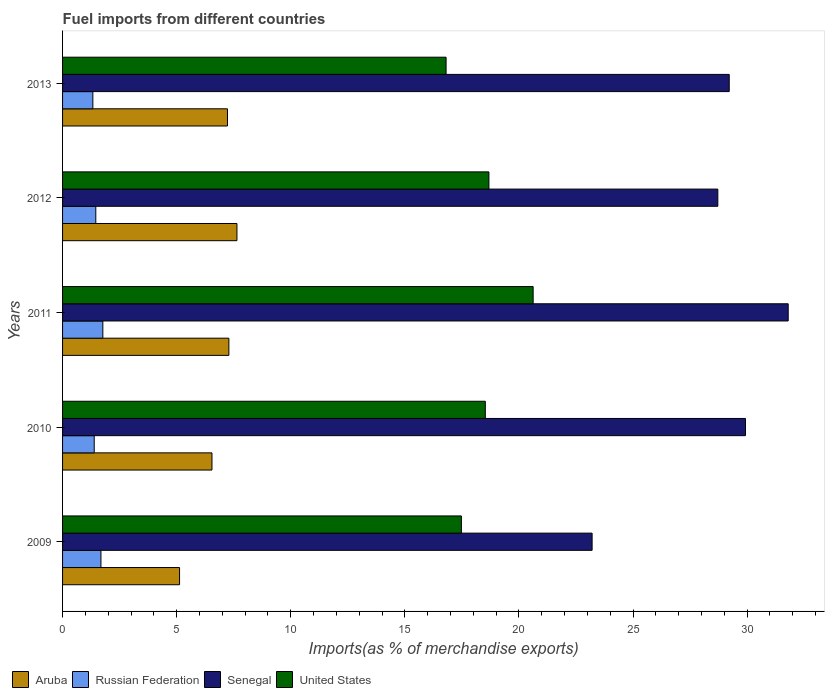
| Years | Aruba | Russian Federation | Senegal | United States |
 | --- | --- | --- | --- | --- |
 | 2009 | 5.13 | 1.68 | 23.2 | 17.5 |
 | 2010 | 6.55 | 1.39 | 29.9 | 18.5 |
 | 2011 | 7.29 | 1.77 | 31.8 | 20.6 |
 | 2012 | 7.64 | 1.46 | 28.7 | 18.7 |
 | 2013 | 7.23 | 1.33 | 29.2 | 16.8 |